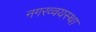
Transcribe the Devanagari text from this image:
नगरव्वयस्था